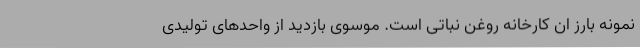
نمونه بارز ان کارخانه روغن نباتی است. موسوی بازدید از واحدهای تولیدی